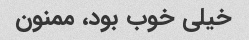
خیلی خوب بود، ممنون